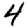
Digit: 4